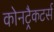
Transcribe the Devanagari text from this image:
कोनट्रैकटर्स